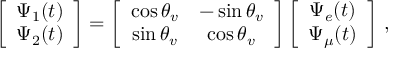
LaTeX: \left[ \begin{array} { c c } { { \Psi _ { 1 } ( t ) } } \\ { { \Psi _ { 2 } ( t ) } } \end{array} \right] = \left[ \begin{array} { c c } { { \cos { \theta _ { v } } } } & { { - \sin { \theta _ { v } } } } \\ { { \sin { \theta _ { v } } } } & { { \cos { \theta _ { v } } } } \end{array} \right] \left[ \begin{array} { c c } { { \Psi _ { e } ( t ) } } \\ { { \Psi _ { \mu } ( t ) } } \end{array} \right] \, ,